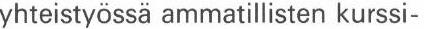
yhteistyössä ammatillisten kurssi-